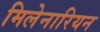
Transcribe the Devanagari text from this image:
मिलेनारियन